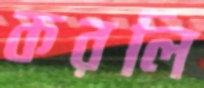
করলি